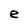
Character: e